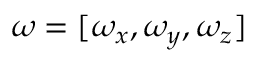
{ \boldsymbol { \omega } } = [ \omega _ { x } , \omega _ { y } , \omega _ { z } ]